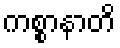
ကစ္စာနာတိ